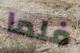
فلما